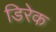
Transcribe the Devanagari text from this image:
डिरेक